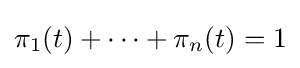
\pi _{1}(t)+\cdots +\pi _{n}(t)=1